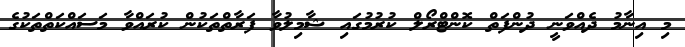
މި އިނާމު ދެއްވަނީ ދުންފަތް ކޮންޓްރޯލް ކުރުމުގައި ޝާމިލުވާ ފަރާތްތަކުން ކުރައްވާ މަސައްކަތްތަކުގެ